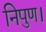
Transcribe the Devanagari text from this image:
निपुण।